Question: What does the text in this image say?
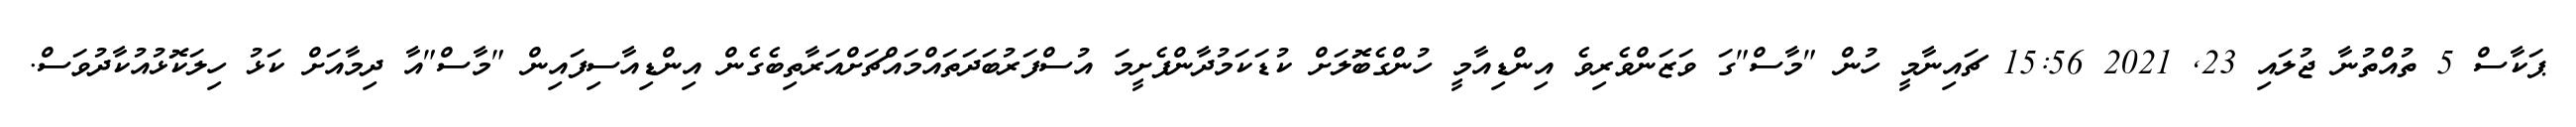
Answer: ޕަކާސް 5 ތުއްތުނާ ޖުލައި 23, 2021 15:56 ޗައިނާމީ ހުން "މާސް"ގަ ވަޒަންވެރިވެ އިންޑިއާމީ ހުންގެބޮލަށް ކުޑަކަމުދާންފެށީމަ އުސްފަރުބަދަތައްމައްޗަށްއަރާތިބެގެން އިންޑިއާސިފައިން "މާސް"އާ ދިމާއަށް ކަޅު ހިލަކޮޅުއުކާދުވަސް.